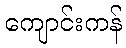
ကျောင်းကန်